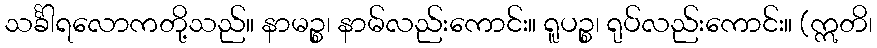
သင်္ခါရလောကတို့သည်။ နာမဉ္စ၊ နာမ်လည်းကောင်း။ ရူပဉ္စ၊ ရုပ်လည်းကောင်း။ (ဣတိ၊